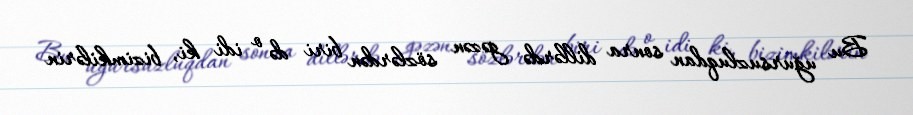
Bu uğursuzluqdan sonra dillərdə gəzən sözlərdən biri də o idi ki, bizimkilərin